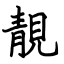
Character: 靚